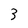
Character: 3